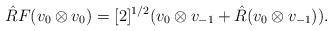
LaTeX: \begin{align*}\hat{R}F(v_{0}\otimes v_{0})=[2]^{1/2}(v_{0}\otimes v_{-1}+\hat{R}(v_{0}\otimes v_{-1})).\end{align*}